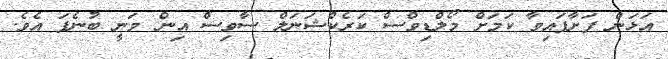
އަޅަން ފަށާފައިވާ ކަމަށް މޯލްޑިވްސް ކަރެކްޝަނަލް ސާވިސް އިން ވަނީ ބުނެފަ އެވެ.